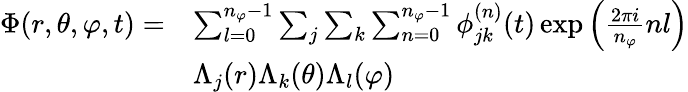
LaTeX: \begin{array}{rl}{\Phi(r,\theta,\varphi,t)=}&{\sum_{l=0}^{n_{\varphi}-1}\sum_{j}\sum_{k}\sum_{n=0}^{n_{\varphi}-1}\phi_{jk}^{(n)}(t)\exp{\left(\frac{2\pi i}{n_{\varphi}}nl\right)}}\\ &{\Lambda_{j}(r)\Lambda_{k}(\theta)\Lambda_{l}(\varphi)}\end{array}